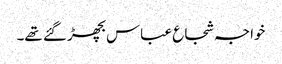
خواجہ شجاع عباس بچھڑ گئے تھے۔